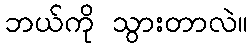
ဘယ်ကို သွားတာလဲ။